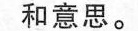
和意思。